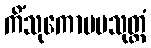
ကိံသုကောပမသုတ္တံ